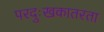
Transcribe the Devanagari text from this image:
परदुःखकातरता